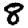
Digit: 8